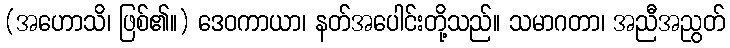
(အဟောသိ၊ ဖြစ်၏။) ဒေဝကာယာ၊ နတ်အပေါင်းတို့သည်။ သမာဂတာ၊ အညီအညွတ်